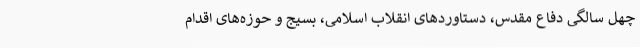
چهل سالگی دفاع مقدس، دستاوردهای انقلاب اسلامی، بسیج و حوزه‌های اقدام